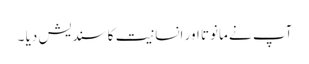
آپ نے مانوتا اور انسانیت کا سندیش دیا ۔